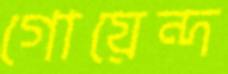
গোয়েন্দ